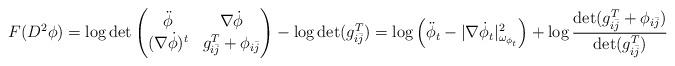
LaTeX: \begin{align*}F(D^2\phi)=\log \det \begin{pmatrix} \ddot \phi & \nabla \dot \phi\\(\nabla \dot \phi)^t& g_{i\bar j}^T+\phi_{i\bar j}\end{pmatrix}-\log \det(g^T_{i\bar j})=\log \left(\ddot{\phi}_t-|\nabla \dot{\phi}_t|^2_{\omega_{\phi_t}}\right)+\log\frac{ \det(g_{i\bar j}^T+\phi_{i\bar j})}{\det(g_{i\bar j}^T)}\end{align*}